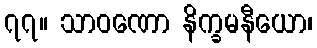
၇၇။ သာဝဏော နိက္ခမနီယော၊